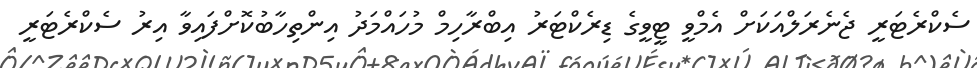
ސެކްރެޓަރީ ޖެނެރަލްއަކަށް އެމްވީ ޓީވީގެ ޑިރެކްޓަރު އިބްރާހިމް މުހައްމަދު އިންތިހާބުކޮށްފައިވާ އިރު ސެކްރެޓަރީ